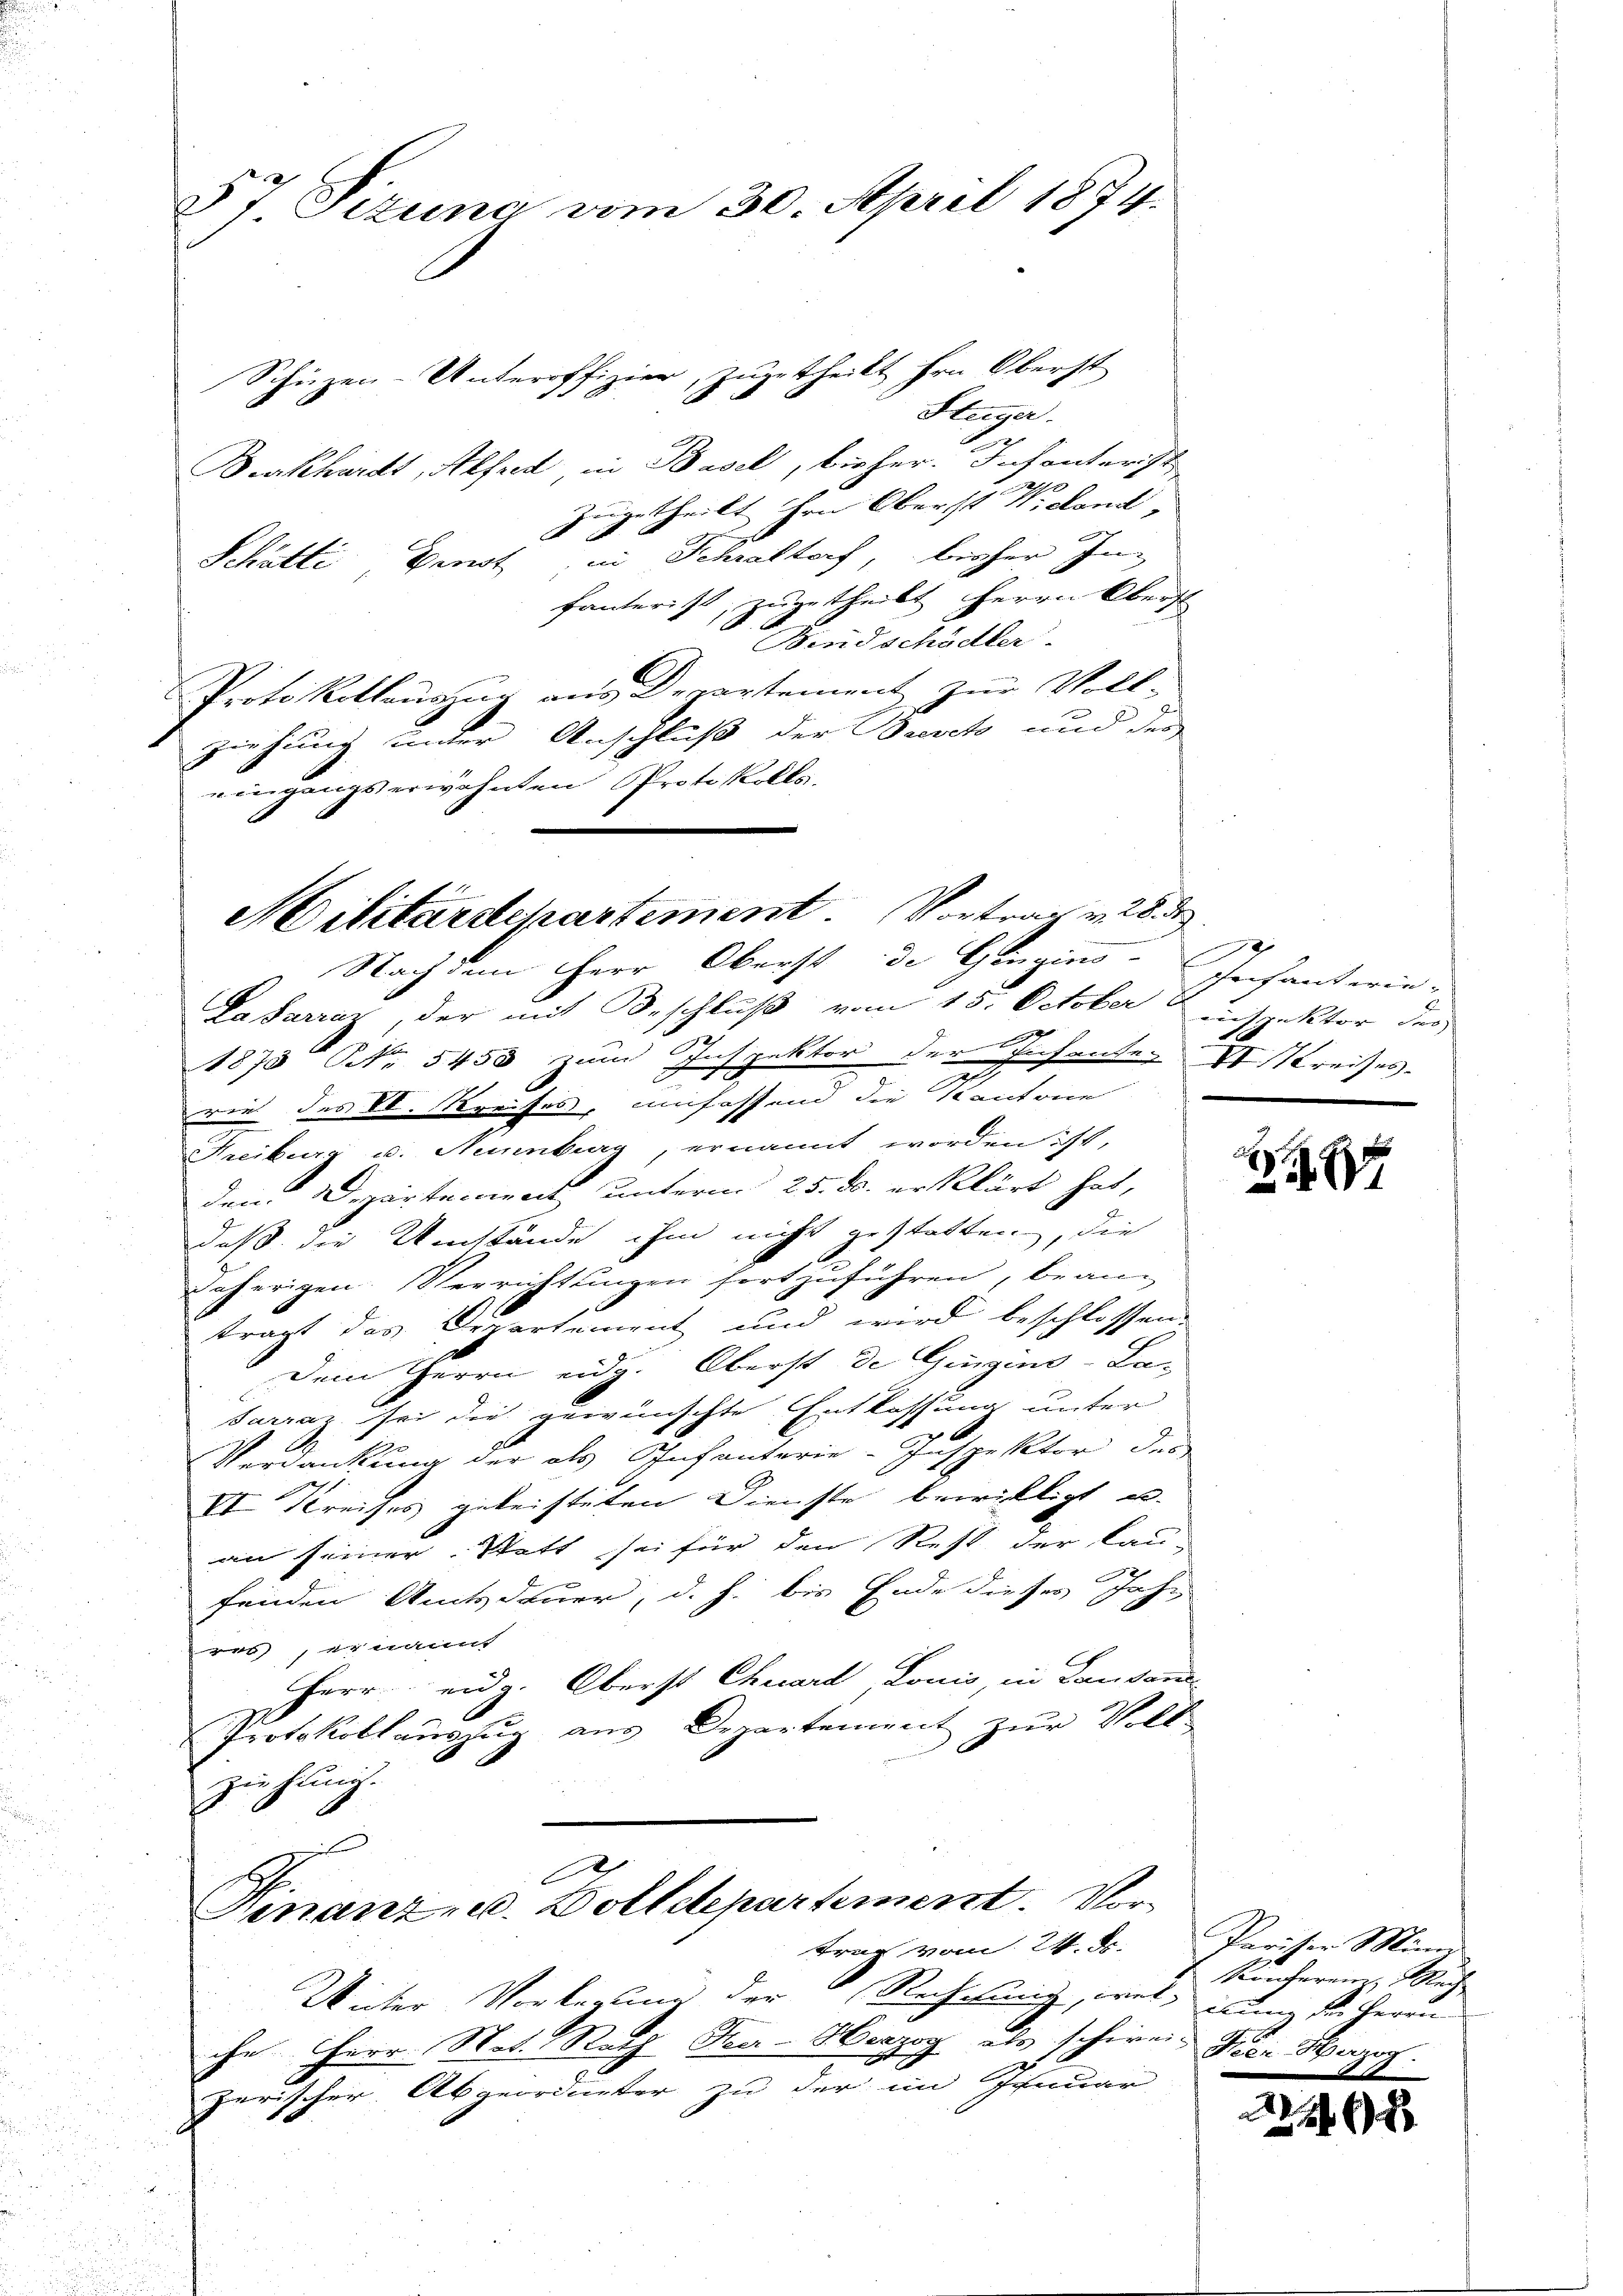
§7 Pizuna vom 30. April 1874.
Schüzen-Unteroffizier, zugetheilt hrn. Oberst

Steiger
Burkhardt, Alfred in Basel, bisher. Insinterst
zugetheilt ihre Oberst Nidond,
Schätte, Ernst in Schraltorf, bisher In
fanterist, zugetheilt Herrn Oberst
 Bindschädler.
Protokollauszug aus Departement zur Voll-
ziehung unter Anschluß der Brevet und der
eingangs erwähnten Protokolls.

Militärdepartement. Vortrag v. 28. de
Nachdem Herr Oberst de Gingins-Jechanterie-

vom 24. d.
Winter Vorlegung der Rechtig, wei
che Herr Not. Rath Her-Herzog als schire
zerischer Abgeordneter zu der im Januar

Finanz- u. Zolldepartement. Vor¬

Lafarraz, der mit Beschluß vom 15. October inspektor des
1873 NNo. 5453 zum Inspektor der Insenten II Kreises
rie des kl. Kreises, umhaffend die Kantone
Freiburg u. Neuenburg, ernannt worden ist,
dem Departement unterm 25. ds. erklärt hat,
daß die Umstände ihm nicht gestatten, die
daherigen Verrichtungen fortzuführen, bean
trägt das Departement und wird beschlossen
Dem Herrn eidg. Oberst de Gingins-La-
Sarrar sei die gewünschte Entlassung unter
Verdankung der als Infanterie-Inspektor des
VI Kreises geleisteten Dienste bewilligt u.
an seiner Statt sei für den Rest der lau-
fenden Amtsdauer, d. h. bis Ende dieses Jahr
res, ernannt
Herr eidg. Oberst Chuard, Louis, in Landans
Protokollauszug aus Departement zur Voll-
zie Jung.

8
8

Pariser Mini
Konferein Rech
iuum der Herrn
u. Peer Wazog.

265